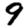
Digit: 9